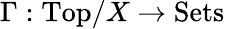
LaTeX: \Gamma:{\mathrm{Top}}/X\to{\mathrm{Sets}}